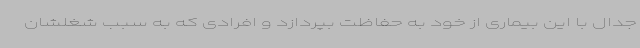
جدال با این بیماری از خود به حفاظت بپردازد و افرادی که به سبب شغلشان